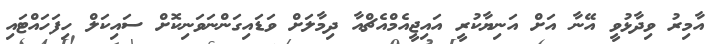
އާމިރު ވިދާޅުވީ އޭނާ އަށް އަނިޔާކުރީ އައިޖީއެމްއެޗްއާ ދިމާލަށް ވަޑައިގަންނަވަނިކޮށް ސައިކަލް ހިފަހައްޓައި